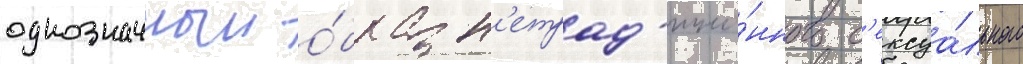
однозначныи о́браз н'етрад'ицио́нного с'ексуа́льного